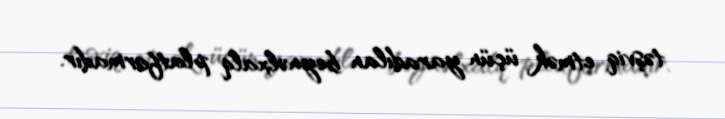
təşviq etmək üçün yaradılan beynəlxalq platformadır.